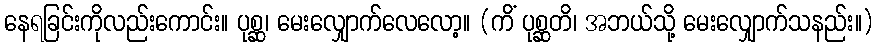
နေရခြင်းကိုလည်းကောင်း။ ပုစ္ဆ၊ မေးလျှောက်လေလော့။ (ကိံ ပုစ္ဆတိ၊ အဘယ်သို့ မေးလျှောက်သနည်း။)